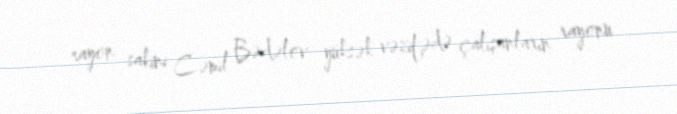
rayon sakini Cəmil Bədəlov yüksək vəzifədə çalışanların rayonu